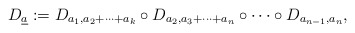
\begin{align*}D_{\underline{a}}:=D_{a_1,a_2+\dots+a_k}\circ D_{a_2,a_3+\dots+a_n}\circ\cdots\circ D_{a_{n-1},a_n},\end{align*}